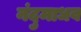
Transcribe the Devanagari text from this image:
नंदुमाधव